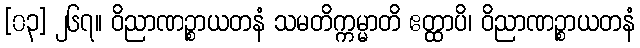
[၀၃] ၂၆၇။ ဝိညာဏဉ္စာယတနံ သမတိက္ကမ္မာတိ ဧတ္ထာပိ၊ ဝိညာဏဉ္စာယတနံ